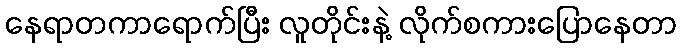
နေရာတကာရောက်ပြီး လူတိုင်းနဲ့ လိုက်စကားပြောနေတာ